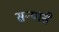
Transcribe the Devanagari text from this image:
सन्यासै